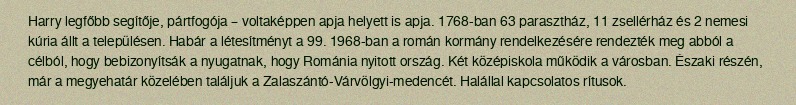
Harry legfőbb segítője, pártfogója – voltaképpen apja helyett is apja. 1768-ban 63 parasztház, 11 zsellérház és 2 nemesi kúria állt a településen. Habár a létesítményt a 99. 1968-ban a román kormány rendelkezésére rendezték meg abból a célból, hogy bebizonyítsák a nyugatnak, hogy Románia nyitott ország. Két középiskola működik a városban. Északi részén, már a megyehatár közelében találjuk a Zalaszántó-Várvölgyi-medencét. Halállal kapcsolatos rítusok.